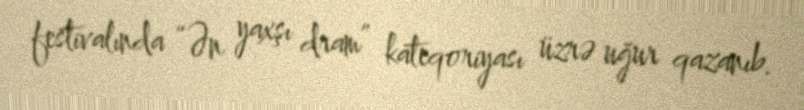
festivalında “Ən yaxşı dram” kateqoriyası üzrə uğur qazanıb.